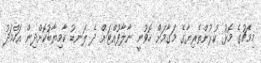
މިމެޗުގެ މޮޅު ކުޅުންތެރިޔާގެ މަގާމަށް ހޮވުނީ ނާލާފުއްޓަށް ދެ ލަނޑު ކާމިޔާބުކޮށްދިން އަހްމަދު